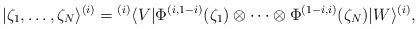
LaTeX: \begin{align*} |\zeta_1,\ldots,\zeta_N\rangle^{(i)} = {}^{(i)}\langle V|\Phi^{(i,1-i)}(\zeta_1)\otimes\cdots\otimes \Phi^{(1-i,i)}(\zeta_N)|W\rangle^{(i)},\end{align*}